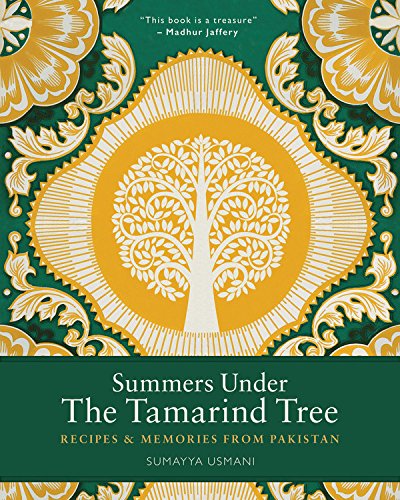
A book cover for Summers Under the Tamarind Tree: Recipes & Memories from Pakistan; Sumayya Usmani; Cookbooks, Food & Wine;